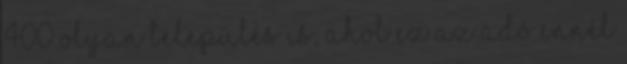
400 olyan település is, ahol ez az adó ennél